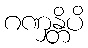
ဂဏှန္တိပိ